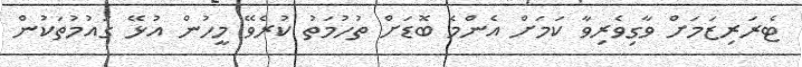
ޓެރަރިޒަމަށް ވާގިވެރިވާ ކަމަށް އެންމެ ބޮޑަށް ތުހުމަތު ކުރެވޭ މީހުން އުޅޭ ގައުމުތަކުން